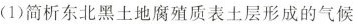
(1)简析东北黑土地腐殖质表土层形成的气候